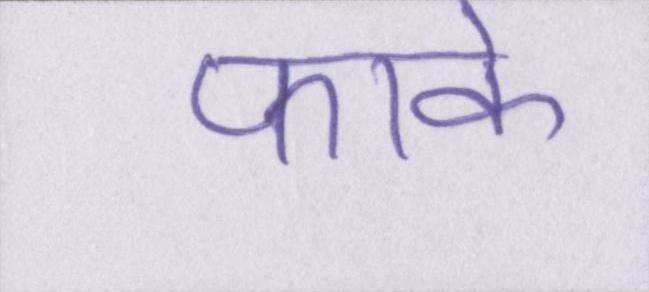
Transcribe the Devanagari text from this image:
फाके